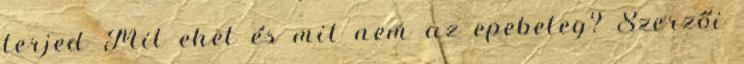
terjed Mit ehet és mit nem az epebeteg? Szerzői